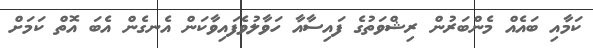
ކަމާއި ބައެއް މެންބަރުން ރިޝްވަތުގެ ފައިސާއާ ހަވާލުވެފައިވާކަން އެނގެން އެބަ އޮތް ކަމަށް